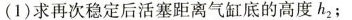
(1)求再次稳定后活塞距离气缸底的高度h_{2}；